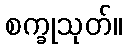
စက္ခုသုတ်။